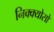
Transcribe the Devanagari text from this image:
निक्क्योसो